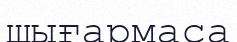
шығармаса